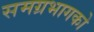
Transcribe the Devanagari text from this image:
समग्रभागको